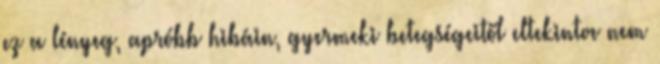
ez a lényeg, apróbb hibáin, gyermeki betegségeitől eltekintve nem